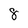
Character: 8